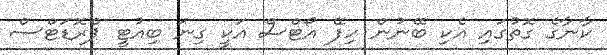
ކާނާގެ ގޮތުގައި އެކި ބޭނުން ހިފޭ އޯޓްސް އަކީ ގިނަ ބިއުޓީ ޕްރޮޑަޓްސް